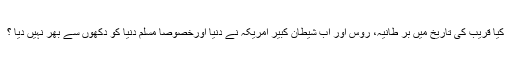
کیا قریب کی تاریخ میں بر طانیہ، روس اور اب شیطان کبیر امریکہ نے دنیا اورخصوصاً مسلم دنیا کو دکھوں سے بھر نہیں دیا ؟